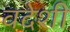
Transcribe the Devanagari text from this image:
वदेशी